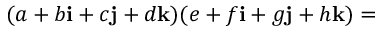
( a + b \mathbf { i } + c \mathbf { j } + d \mathbf { k } ) ( e + f \mathbf { i } + g \mathbf { j } + h \mathbf { k } ) =